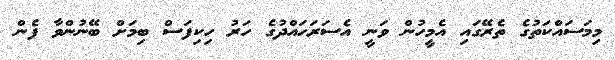
މިމަސައްކަތުގެ ތެރޭގައި އެމީހުން ވަނީ އެސަރަހައްދުގެ ހަރު ހިކިފަސް ބިމަށް ބޭނުންވާ ފެން